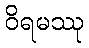
ဝိရမဿု